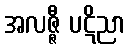
အလဇ္ဇီ ပဋိညာ